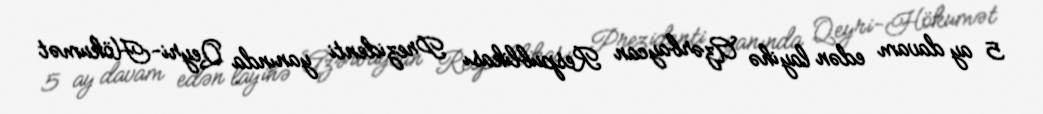
5 ay davam edən layihə Azərbaycan Respublikası Prezidenti yanında Qeyri-Hökumət